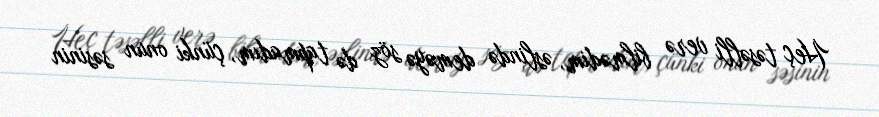
Heç təsəlli verə bilmədim, əslində deməyə söz də tapmadım, çünki onun səsinin